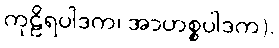
ကုဠိရပါဒက၊ အာဟစ္စပါဒက).